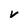
Character: v